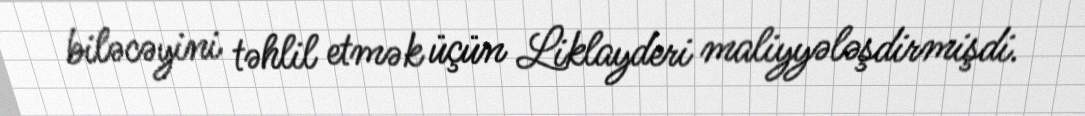
biləcəyini təhlil etmək üçün Liklayderi maliyyələşdirmişdi.